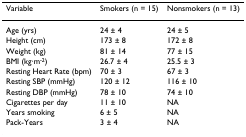
<table><thead><tr><td><b>Variable</b></td><td><b>Smokers (n = 15)</b></td><td><b>Nonsmokers (n = 13)</b></td></tr></thead><tbody><tr><td>Age (yrs)</td><td>24 ± 4</td><td>24 ± 5</td></tr><tr><td>Height (cm)</td><td>173 ± 8</td><td>172 ± 8</td></tr><tr><td>Weight (kg)</td><td>81 ± 14</td><td>77 ± 15</td></tr><tr><td>BMI (kg·m<sup>-2</sup>)</td><td>26.7 ± 4</td><td>25.5 ± 3</td></tr><tr><td>Resting Heart Rate (bpm)</td><td>70 ± 3</td><td>67 ± 3</td></tr><tr><td>Resting SBP (mmHg)</td><td>120 ± 12</td><td>116 ± 10</td></tr><tr><td>Resting DBP (mmHg)</td><td>78 ± 10</td><td>74 ± 10</td></tr><tr><td>Cigarettes per day</td><td>11 ± 10</td><td>NA</td></tr><tr><td>Years smoking</td><td>6 ± 5</td><td>NA</td></tr><tr><td>Pack-Years</td><td>3 ± 4</td><td>NA</td></tr></tbody></table>